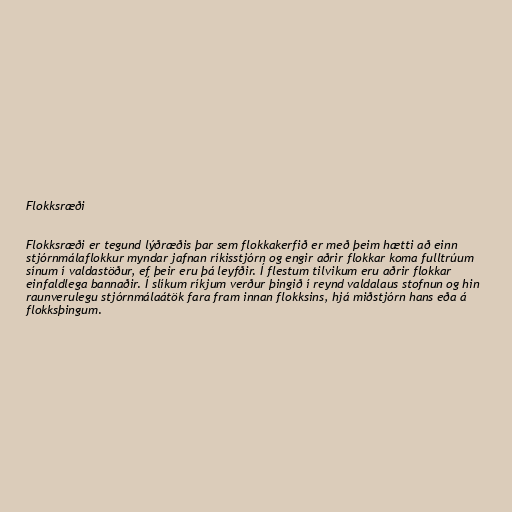
Flokksræði

Flokksræði er tegund lýðræðis þar sem flokkakerfið er með þeim hætti að einn
stjórnmálaflokkur myndar jafnan ríkisstjórn og engir aðrir flokkar koma fulltrúum
sínum í valdastöður, ef þeir eru þá leyfðir. Í flestum tilvikum eru aðrir flokkar
einfaldlega bannaðir. Í slíkum ríkjum verður þingið í reynd valdalaus stofnun og hin
raunverulegu stjórnmálaátök fara fram innan flokksins, hjá miðstjórn hans eða á
flokksþingum.